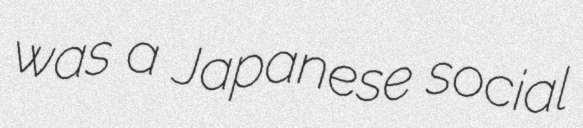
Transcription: was a Japanese social